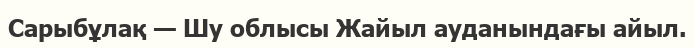
Сарыбұлақ — Шу облысы Жайыл ауданындағы айыл.